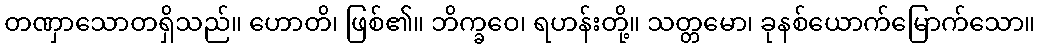
တဏှာသောတရှိသည်။ ဟောတိ၊ ဖြစ်၏။ ဘိက္ခဝေ၊ ရဟန်းတို့။ သတ္တမော၊ ခုနစ်ယောက်မြောက်သော။